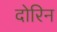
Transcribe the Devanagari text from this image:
दोरिन